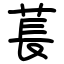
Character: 萇